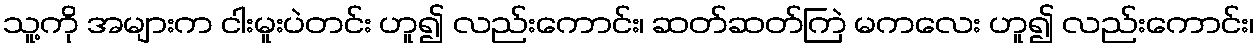
သူ့ကို အများက ငါးမူးပဲတင်း ဟူ၍ လည်းကောင်း၊ ဆတ်ဆတ်ကြဲ မကလေး ဟူ၍ လည်းကောင်း၊